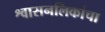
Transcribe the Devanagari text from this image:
श्वासनलिकांचा